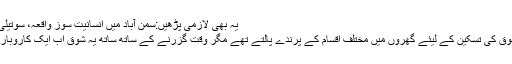
یہ بھی لازمی پڑھیں:سمن آباد میں انسانیت سوز واقعہ، سوتیلی ماں کا بیٹی پر ظالمانہ تشدد
ایک زمانے میں لوگ اپنے شوق کی تسکین کے لیئے گھروں میں مختلف اقسام کے پرندے پالتے تھے مگر وقت گزرنے کے ساتھ ساتھ یہ شوق اب ایک کاروبار کی شکل اختیار کر چکا ہے۔